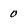
Character: 0